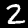
Digit: 2